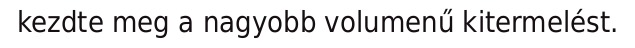
kezdte meg a nagyobb volumenű kitermelést.